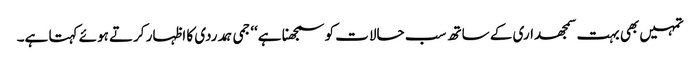
تمہیں بھی بہت سمجھداری کے ساتھ سب حالات کو سمجھنا ہے‘‘ جمی ہمدردی کا اظہار کرتے ہوئے کہتا ہے۔